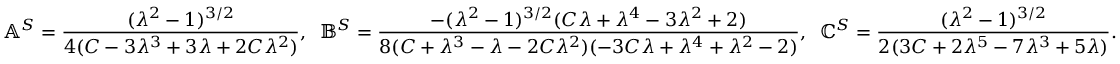
\mathbb { A } ^ { S } = \frac { ( \lambda ^ { 2 } - 1 ) ^ { 3 / 2 } } { 4 ( C - 3 \lambda ^ { 3 } + 3 \lambda + 2 C \lambda ^ { 2 } ) } , \; \; \mathbb { B } ^ { S } = \frac { - ( \lambda ^ { 2 } - 1 ) ^ { 3 / 2 } ( C \lambda + \lambda ^ { 4 } - 3 \lambda ^ { 2 } + 2 ) } { 8 ( C + \lambda ^ { 3 } - \lambda - 2 C \lambda ^ { 2 } ) ( - 3 C \lambda + \lambda ^ { 4 } + \lambda ^ { 2 } - 2 ) } , \; \; \mathbb { C } ^ { S } = \frac { ( \lambda ^ { 2 } - 1 ) ^ { 3 / 2 } } { 2 ( 3 C + 2 \lambda ^ { 5 } - 7 \lambda ^ { 3 } + 5 \lambda ) } .